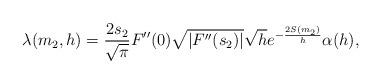
LaTeX: \begin{align*}\lambda ( m_{2} , h ) = \frac{2 s_{2}}{\sqrt{\pi}} F^{\prime \prime} ( 0 ) \sqrt{\vert F^{\prime \prime} ( s_{2} ) \vert} \sqrt{h} e^{- \frac{2 S ( m_{2} )}{h}} \alpha ( h ) ,\end{align*}